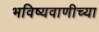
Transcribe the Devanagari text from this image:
भविष्यवाणीच्या